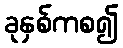
ခုနှစ်ကစ၍